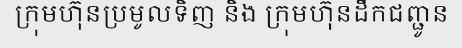
ក្រុមហ៊ុនប្រមូលទិញ និង ក្រុមហ៊ុនដឹកជញ្ជូន